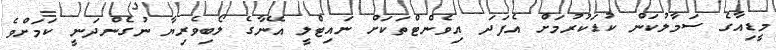
މީޑިއާގެ ސަމާލުކަން ކުޑަކުރުމަށް އެފަދަ އިވެންޓްތަކަށް ނައިޓްލީ އޭނާގެ ލޯބިވެރިޔާ ނުގެންދަނީ ކަމަށްވެ